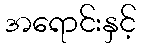
အရောင်းနှင့်